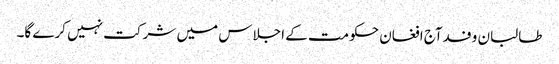
طالبان وفدآج افغان حکومت کے اجلاس میں شرکت نہیں کرے گا۔